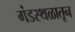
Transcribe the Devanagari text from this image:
गंडस्थळातून